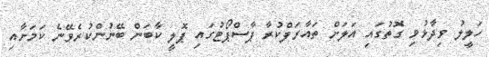
ހަލީލު ވިދާޅުވި ގޮތުގައި އަލަށް ތައާރަފްކުރާ ޕާސްޕޯޓުގައި ޕޮލީ ކާބަން ބޭނުންކުރެވޭނެ ކަމަށާއި